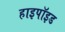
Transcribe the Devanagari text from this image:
हाइपॉइड